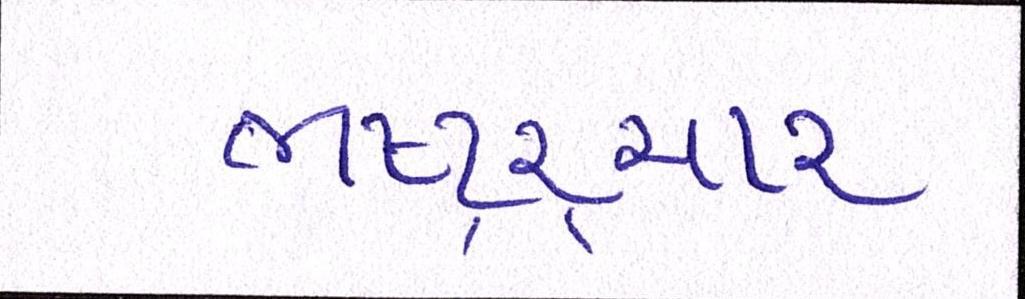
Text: ભષ્ટ્ર્ચાર